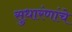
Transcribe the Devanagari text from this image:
सुधारंणांचे